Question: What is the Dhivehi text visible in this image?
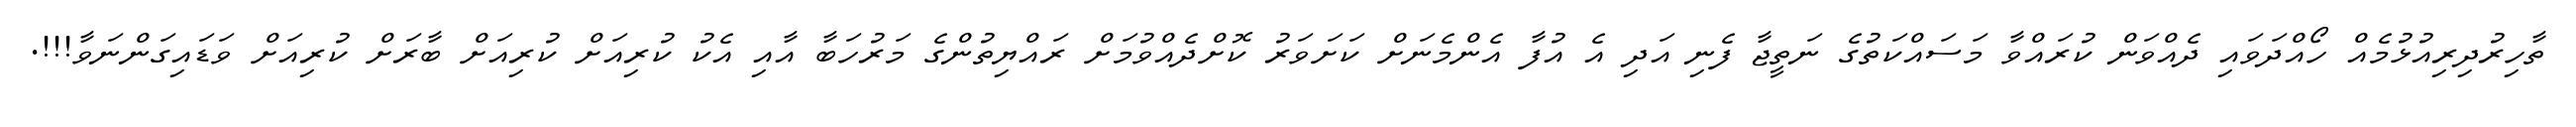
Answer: ތާހިރުދިރިއުޅުމެއް ހޯއްދަވައި ދެއްވަން ކުރައްވާ މަސައްކަތުގެ ނަތީޖާ ފެނި އަދި އެ އުފާ އެންމެނަށް ކަށަވަރު ކޮށްދެއްވުމަށް ރައްޔިތުންގެ މަރުހަބާ އާއި އެކު ކުރިއަށް ކުރިއަށް ބާރަށް ކުރިއަށް ވަޑައިގަންނަވާ!!!.